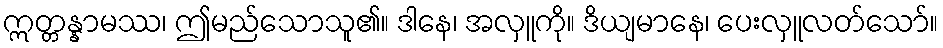
ဣတ္တန္နာမဿ၊ ဤမည်သောသူ၏။ ဒါနေ၊ အလှူကို။ ဒိယျမာနေ၊ ပေးလှူလတ်သော်။